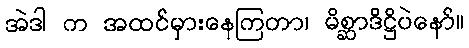
အဲဒါ က အထင်မှားနေကြတာ၊ မိစ္ဆာဒိဋ္ဌိပဲနော်။